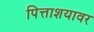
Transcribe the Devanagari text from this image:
पित्ताशयावर